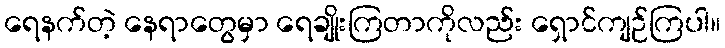
ရေနက်တဲ့ နေရာတွေမှာ ရေချိုးကြတာကိုလည်း ရှောင်ကျဉ်ကြပါ။